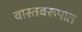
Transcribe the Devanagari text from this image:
वास्तवरूपात